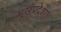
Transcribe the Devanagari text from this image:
मुखप्रदेशात